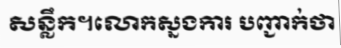
សន្លឹក។លោកស្នងការ បញ្ជាក់ថា